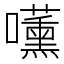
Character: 𭌧